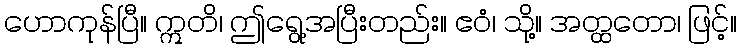
ဟောကုန်ပြီ။ ဣတိ၊ ဤရွေ့အပြီးတည်း။ ဧဝံ၊ သို့။ အတ္ထတော၊ ဖြင့်။